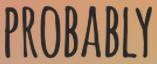
PROBABLY